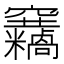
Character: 𥩓